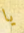
يا